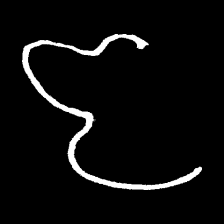
Pyu character \u2014 Myanmar letter: ဇ (romanized: ja)